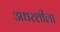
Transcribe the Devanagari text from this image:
अधरशीला